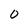
Character: O